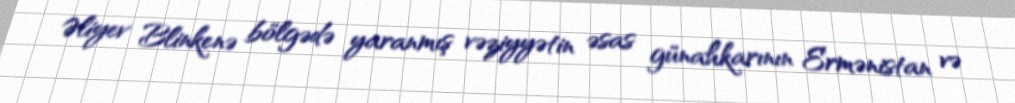
Əliyev Blinkenə bölgədə yaranmış vəziyyətin əsas günahkarının Ermənistan və